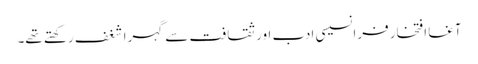
آغا افتخار فرانسیسی ادب اور ثقافت سے گہرا شغف رکھتے تھے۔